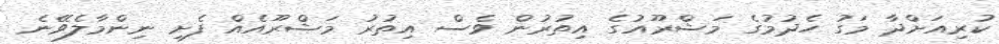
ކުރިއަށްދާ މަގު ހެދުމުގެ މަޝްރޫއުގެ އިތުރުން ވެސް އިތުރު މަޝްރޫއެއް ފެށި ނިންމާލެވޭނެ